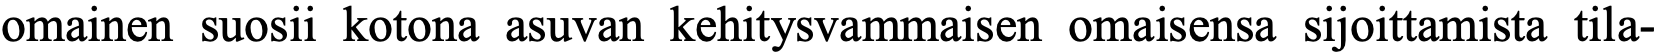
omainen suosii kotona asuvan kehitysvammaisen omaisensa sijoittamista tila-